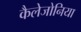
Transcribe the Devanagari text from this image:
कैलेजोनिया